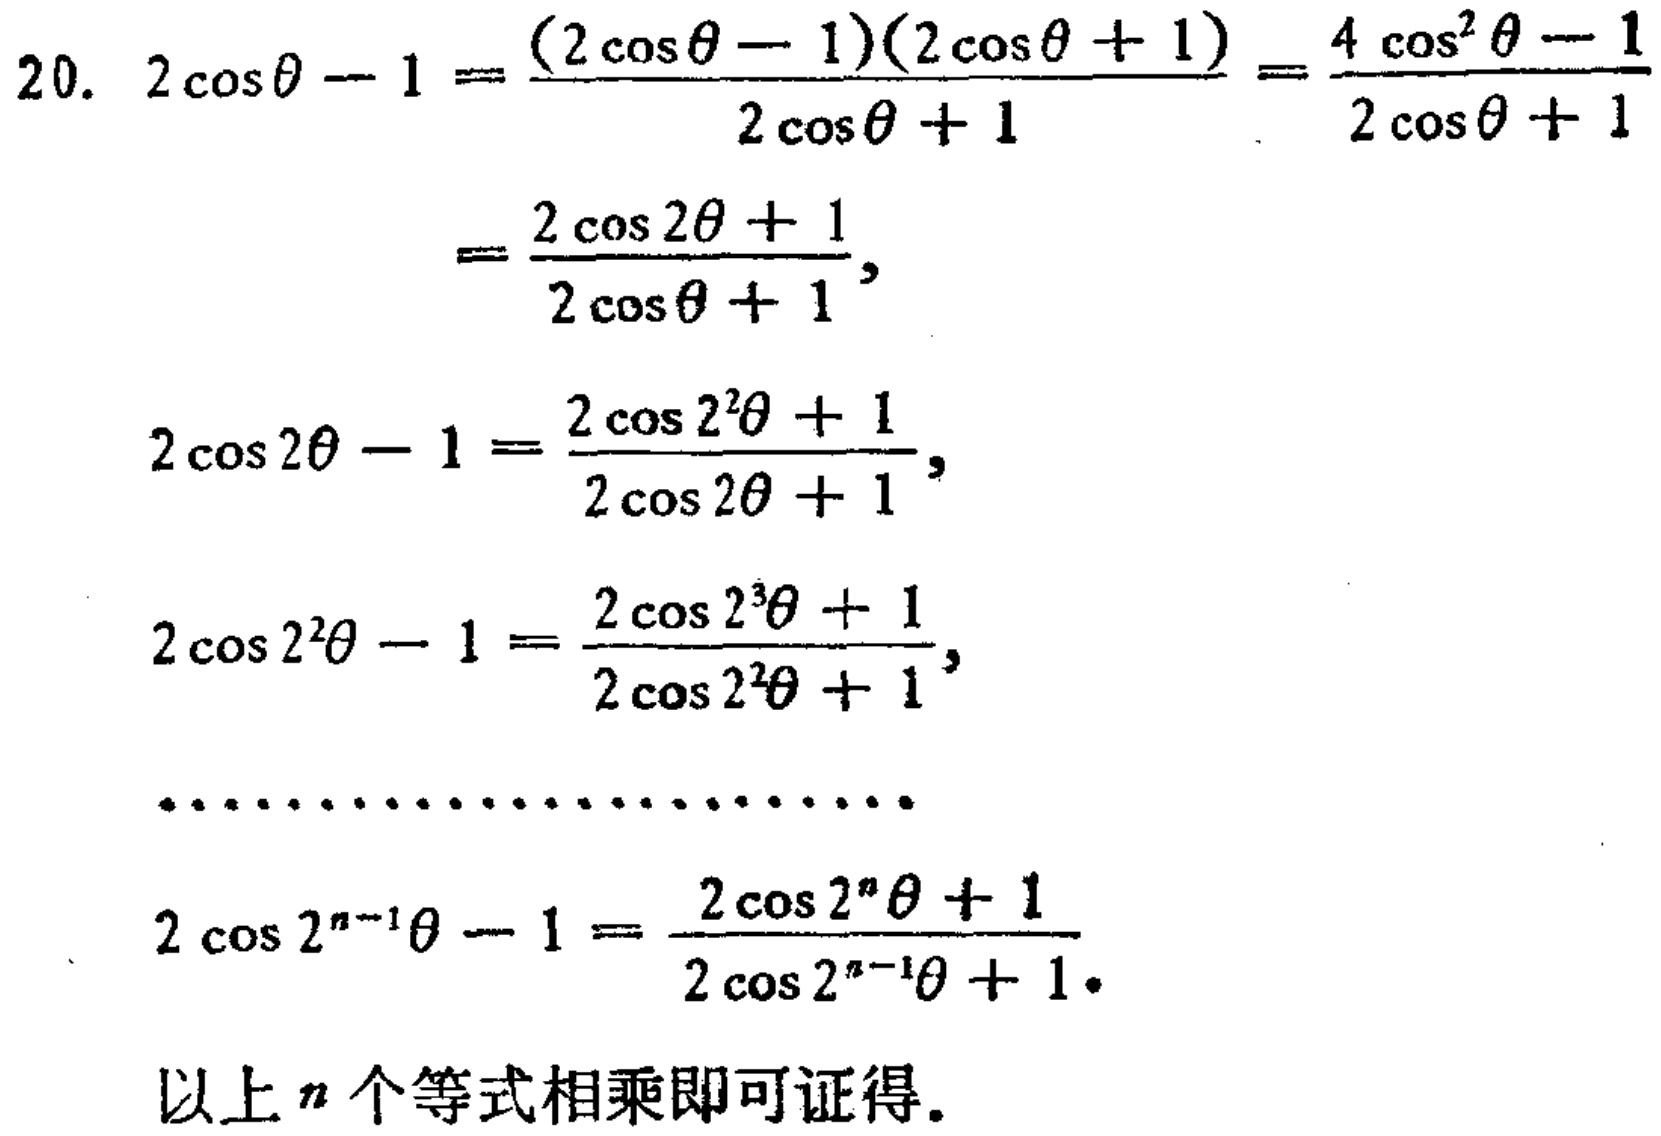
\[

\begin{align*}

2\cos\theta - 1&=\frac{(2\cos\theta - 1)(2\cos\theta + 1)}{2\cos\theta + 1}=\frac{4\cos^{2}\theta - 1}{2\cos\theta + 1}\\

&=\frac{2\cos2\theta + 1}{2\cos\theta + 1},\\

2\cos2\theta - 1&=\frac{2\cos2^{2}\theta + 1}{2\cos2\theta + 1},\\

2\cos2^{2}\theta - 1&=\frac{2\cos2^{3}\theta + 1}{2\cos2^{2}\theta + 1},\\

&\cdots\cdots\cdots\cdots\cdots\cdots\cdots\\

2\cos2^{n - 1}\theta - 1&=\frac{2\cos2^{n}\theta + 1}{2\cos2^{n - 1}\theta + 1}.

\end{align*}

\]

以上\(n\)个等式相乘即可证得。